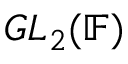
G L _ { 2 } ( \mathbb { F } )